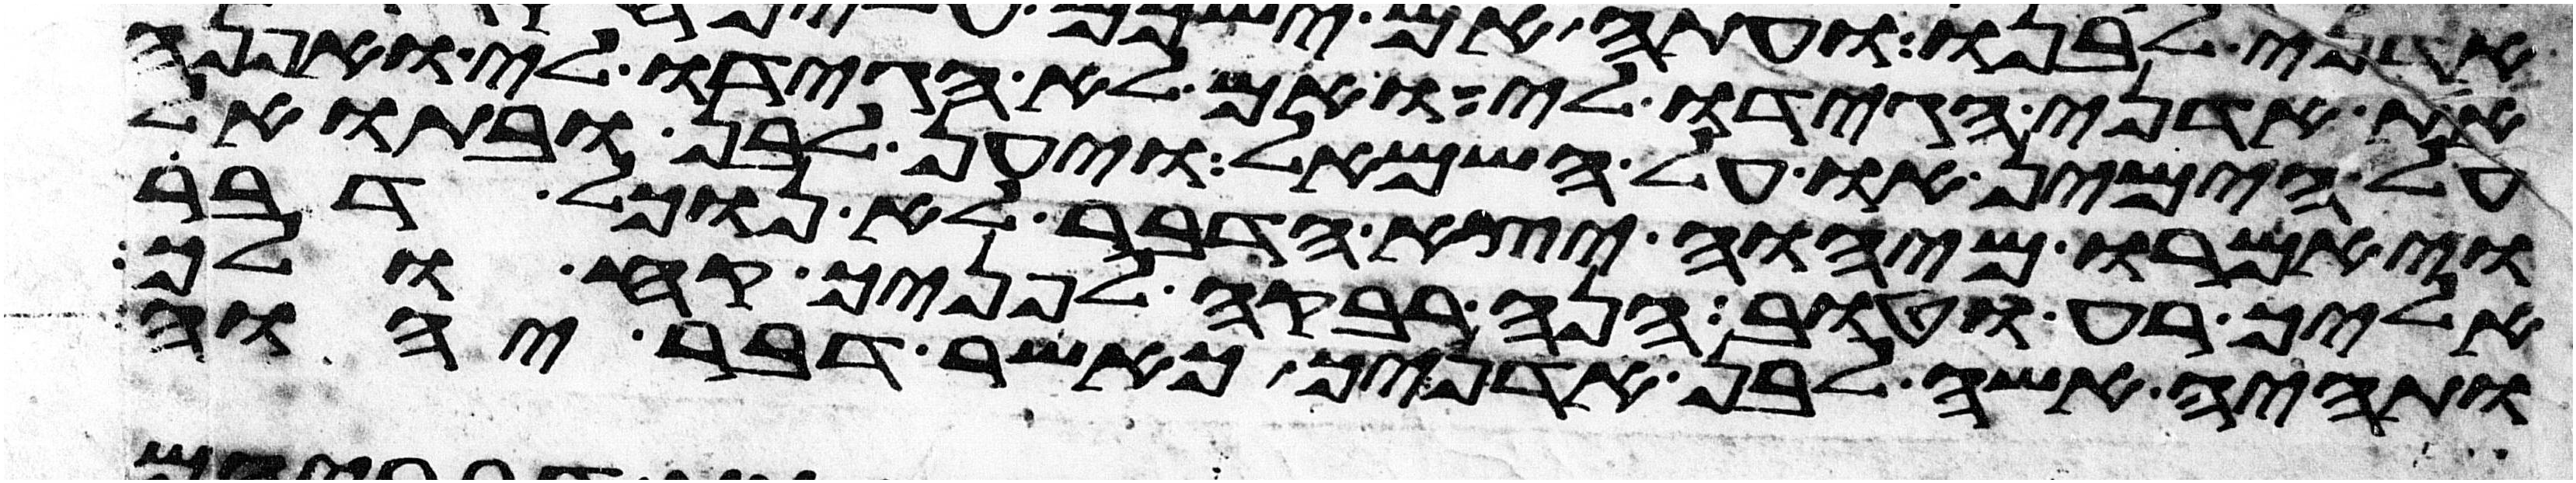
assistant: את אדני הגידו לי ואם לא הגידו לי ואפנה
על הימין או על השמאל ויען לבן ובתואל
ויאמרו מיהוה יצא הדבר לא נוכל דבר
אליך רע וטוב הנה רבקה לפניך קח ולך
ותהי אשה לבן אדניך כאשר דבר יהוה